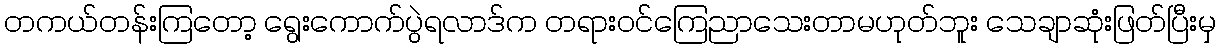
တကယ်တန်းကြတော့ ရွေးကောက်ပွဲရလာဒ်က တရားဝင်ကြေညာသေးတာမဟုတ်ဘူး သေချာဆုံးဖြတ်ပြီးမှ